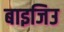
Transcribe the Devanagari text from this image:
बाइजिउ